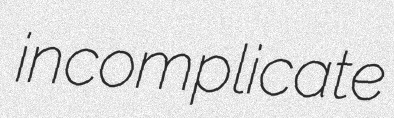
incomplicate